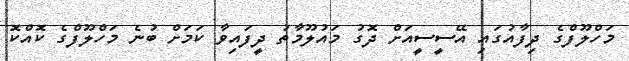
މަހްލޫފްގެ ދިފާއުގައި އޭސީސީއަށް ދޮގު މައުލޫމާތު ދީފައިވާ ކަމަށް ބުނެ މަހްލޫފްގެ ކޮއްކޮ